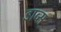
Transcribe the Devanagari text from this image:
डाव्स